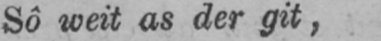
Sô weit as der git,